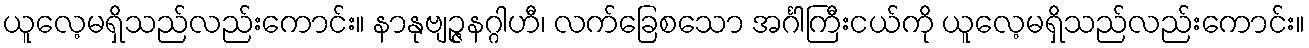
ယူလေ့မရှိသည်လည်းကောင်း။ နာနုဗျဉ္ဇနဂ္ဂါဟီ၊ လက်ခြေစသော အင်္ဂါကြီးငယ်ကို ယူလေ့မရှိသည်လည်းကောင်း။